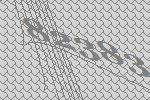
82383